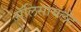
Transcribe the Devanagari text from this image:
सॅलिसायलेट